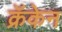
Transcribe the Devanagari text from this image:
क्रॅकेन